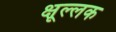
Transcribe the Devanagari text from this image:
क्षूल्लक